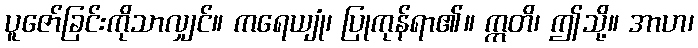
ပူဇော်ခြင်းကိုသာလျှင်။ ကရေယျုံ၊ ပြုကုန်ရာ၏။ ဣတိ၊ ဤသို့။ အာဟ၊